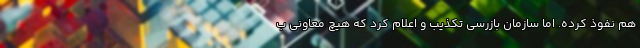
هم نفوذ کرده. اما سازمان بازرسی تکذیب و اعلام کرد که هیچ معاونی ب